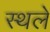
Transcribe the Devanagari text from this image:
स्थले